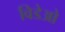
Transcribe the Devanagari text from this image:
विडेओ